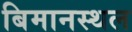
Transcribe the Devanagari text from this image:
बिमानस्थल